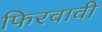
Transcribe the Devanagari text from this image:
फिरवावी